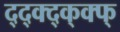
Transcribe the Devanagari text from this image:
द्द्क्द्क्क्फ्